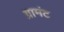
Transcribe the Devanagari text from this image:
ग्रामंट